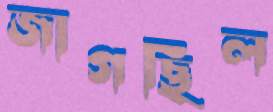
জাগছিল